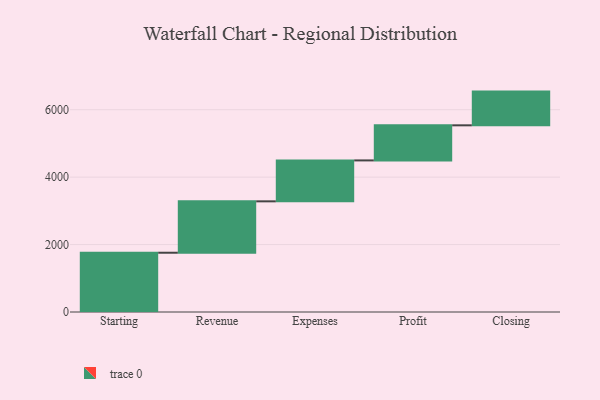
{"axis": {"x": "Step", "y": "Value"}, "legend": [""], "data": [{"x": "Starting", "y": 1758.0, "type": ""}, {"x": "Revenue", "y": 1524.0, "type": ""}, {"x": "Expenses", "y": 1214.0, "type": ""}, {"x": "Profit", "y": 1041.0, "type": ""}, {"x": "Closing", "y": 1000, "type": ""}]}